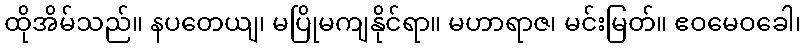
ထိုအိမ်သည်။ နပတေယျ၊ မပြိုမကျနိုင်ရာ။ မဟာရာဇ၊ မင်းမြတ်။ ဧဝမေဝခေါ၊